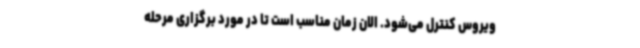
ویروس کنترل می‌شود. الان زمان مناسب است تا در مورد برگزاری مرحله